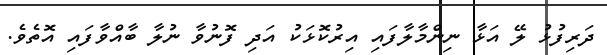
ދަރިފުޅު ލޭ އަޅާ ނިންމާލާފައި އިރުކޮޅަކު އަދި ފޮނުވާ ނުލާ ބާއްވާފައި އޮތެވެ.